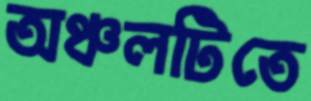
অঞ্চলটিতে